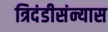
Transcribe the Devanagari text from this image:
त्रिदंडीसंन्यास